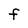
Character: F